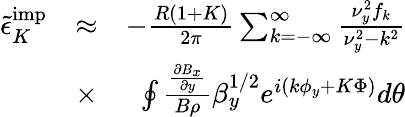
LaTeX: \begin{array}{rlr}{{\tilde{\epsilon}}_{K}^{\textrm{imp}}}&{\approx}&{-\frac{R(1+K)}{2\pi}\sum_{k=-\infty}^{\infty}\frac{\nu_{y}^{2}f_{k}}{\nu_{y}^{2}-k^{2}}}\\ &{\times}&{\oint\frac{\frac{\partial B_{x}}{\partial y}}{B\rho}\beta_{y}^{1/2}e^{i(k\phi_{y}+K\Phi)}d\theta}\end{array}